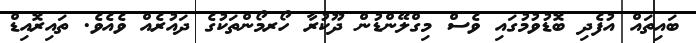
ބައިތައް އުފެދި ބޮޑުވުމުގައި ވެސް މިގްލޭންޑުން ދޫކުރާ ހޯރމޯންތަކުގެ ދައުރެއް ވެއެވެ. ތައިރޮއިޑް